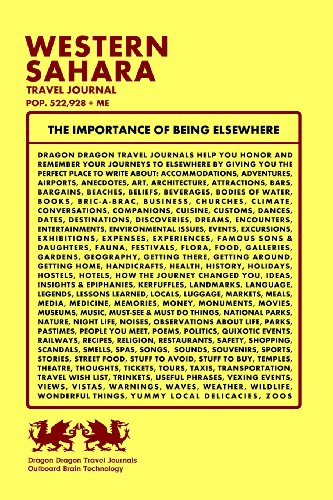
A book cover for Western Sahara Travel Journal, Pop. 522,928 + Me; Dragon Dragon Travel Journals; Travel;